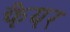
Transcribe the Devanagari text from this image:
फैयर